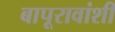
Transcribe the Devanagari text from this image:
बापूरावांशी